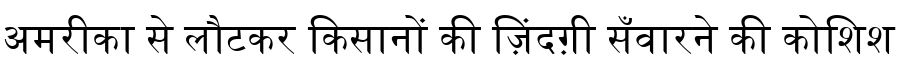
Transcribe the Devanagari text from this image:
अमरीका से लौटकर किसानों की ज़िंदग़ी सँवारने की कोशिश